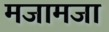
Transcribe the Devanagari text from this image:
मजामजा